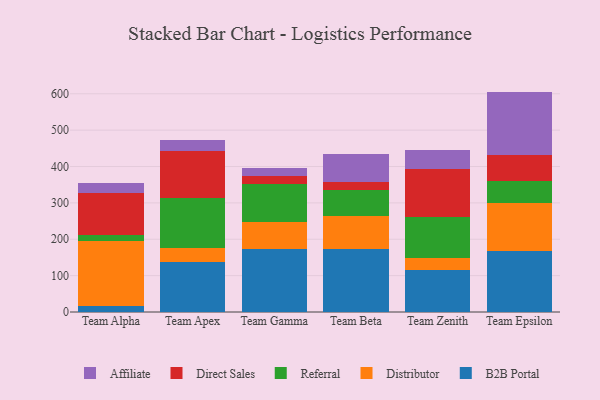
{"axis": {"x": "Team", "y": "Inventory Turnover"}, "legend": ["Affiliate", "B2B Portal", "Direct Sales", "Distributor", "Referral"], "data": [{"x": "Team Alpha", "y": 17.2, "type": "B2B Portal"}, {"x": "Team Alpha", "y": 177.4, "type": "Distributor"}, {"x": "Team Alpha", "y": 18.1, "type": "Referral"}, {"x": "Team Alpha", "y": 114.6, "type": "Direct Sales"}, {"x": "Team Alpha", "y": 26.9, "type": "Affiliate"}, {"x": "Team Apex", "y": 136.7, "type": "B2B Portal"}, {"x": "Team Apex", "y": 39.1, "type": "Distributor"}, {"x": "Team Apex", "y": 137.7, "type": "Referral"}, {"x": "Team Apex", "y": 128.3, "type": "Direct Sales"}, {"x": "Team Apex", "y": 31.8, "type": "Affiliate"}, {"x": "Team Gamma", "y": 172.7, "type": "B2B Portal"}, {"x": "Team Gamma", "y": 74.6, "type": "Distributor"}, {"x": "Team Gamma", "y": 106.0, "type": "Referral"}, {"x": "Team Gamma", "y": 20.7, "type": "Direct Sales"}, {"x": "Team Gamma", "y": 23.1, "type": "Affiliate"}, {"x": "Team Beta", "y": 172.9, "type": "B2B Portal"}, {"x": "Team Beta", "y": 91.3, "type": "Distributor"}, {"x": "Team Beta", "y": 71.3, "type": "Referral"}, {"x": "Team Beta", "y": 20.9, "type": "Direct Sales"}, {"x": "Team Beta", "y": 78.8, "type": "Affiliate"}, {"x": "Team Zenith", "y": 114.3, "type": "B2B Portal"}, {"x": "Team Zenith", "y": 35.3, "type": "Distributor"}, {"x": "Team Zenith", "y": 110.9, "type": "Referral"}, {"x": "Team Zenith", "y": 132.8, "type": "Direct Sales"}, {"x": "Team Zenith", "y": 51.5, "type": "Affiliate"}, {"x": "Team Epsilon", "y": 168.7, "type": "B2B Portal"}, {"x": "Team Epsilon", "y": 129.8, "type": "Distributor"}, {"x": "Team Epsilon", "y": 60.5, "type": "Referral"}, {"x": "Team Epsilon", "y": 71.7, "type": "Direct Sales"}, {"x": "Team Epsilon", "y": 175.3, "type": "Affiliate"}]}